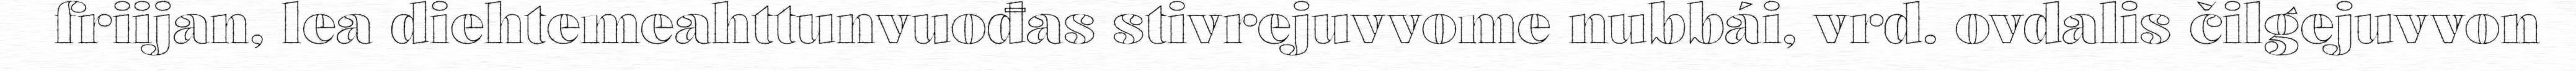
friijan, lea diehtemeahttunvuođas stivrejuvvome nubbái, vrd. ovdalis čilgejuvvon